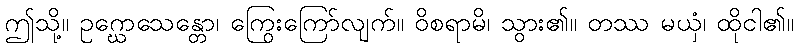
ဤသို့။ ဥဂ္ဃောသေန္တော၊ ကြွေးကြော်လျက်။ ဝိစရာမိ၊ သွား၏။ တဿ မယှံ၊ ထိုငါ၏။